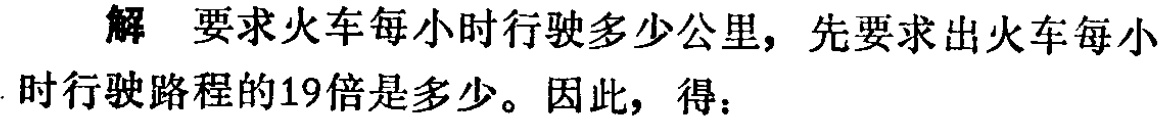
解 要求火车每小时行驶多少公里，先要求出火车每小

时行驶路程的19倍是多少。因此，得：